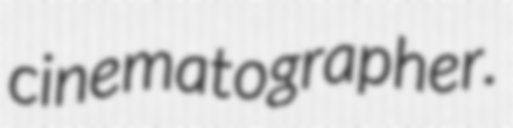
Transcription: cinematographer.